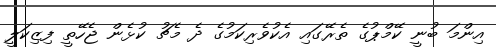
އިންމަ ބުނީ ކޭމްޕުގެ ތެރޭގައި އެކުވެރިކަމުގެ ދެ މެޗު ކުޅެން ޖެހޭތީ ފިޒިކަލީ